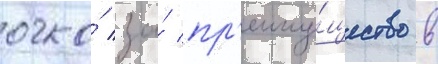
очко́ за́ пр'еиму́щество в